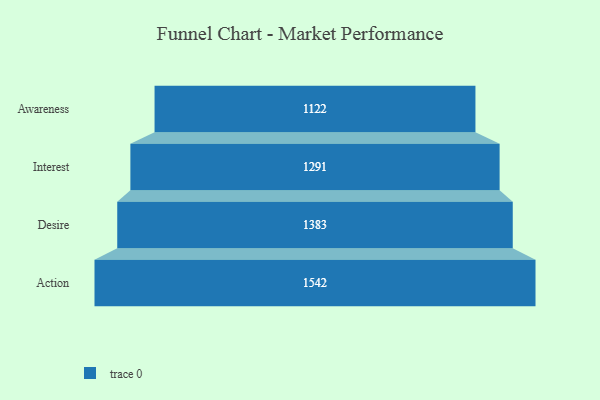
{"axis": {"x": "Stage", "y": "Value"}, "legend": [""], "data": [{"x": "Awareness", "y": 1122.0, "type": ""}, {"x": "Interest", "y": 1291.0, "type": ""}, {"x": "Desire", "y": 1383.0, "type": ""}, {"x": "Action", "y": 1542.0, "type": ""}]}